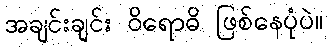
အချင်းချင်း ဝိရောဓိ ဖြစ်နေပုံပဲ။